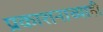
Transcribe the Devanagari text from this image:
प्रकाशनाच्याही